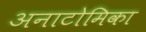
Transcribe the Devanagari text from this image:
अनाटोमिका